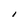
Character: 1